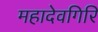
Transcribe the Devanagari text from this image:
महादेवगिरि